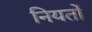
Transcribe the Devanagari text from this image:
नियतों